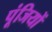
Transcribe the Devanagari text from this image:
पूंजियों